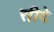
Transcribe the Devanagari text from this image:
सीदे